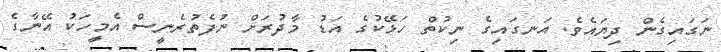
ނަގައިގެން ދިޔައެވެ. އަނގައިގެ ނިކުތް ހަޅޭކުގެ އަޑު މާދުރަށް ނުފެތުރެނީސް އެމީހަކު އޭނާގެ